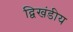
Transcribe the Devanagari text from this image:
द्विखंडीय